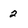
Character: 2